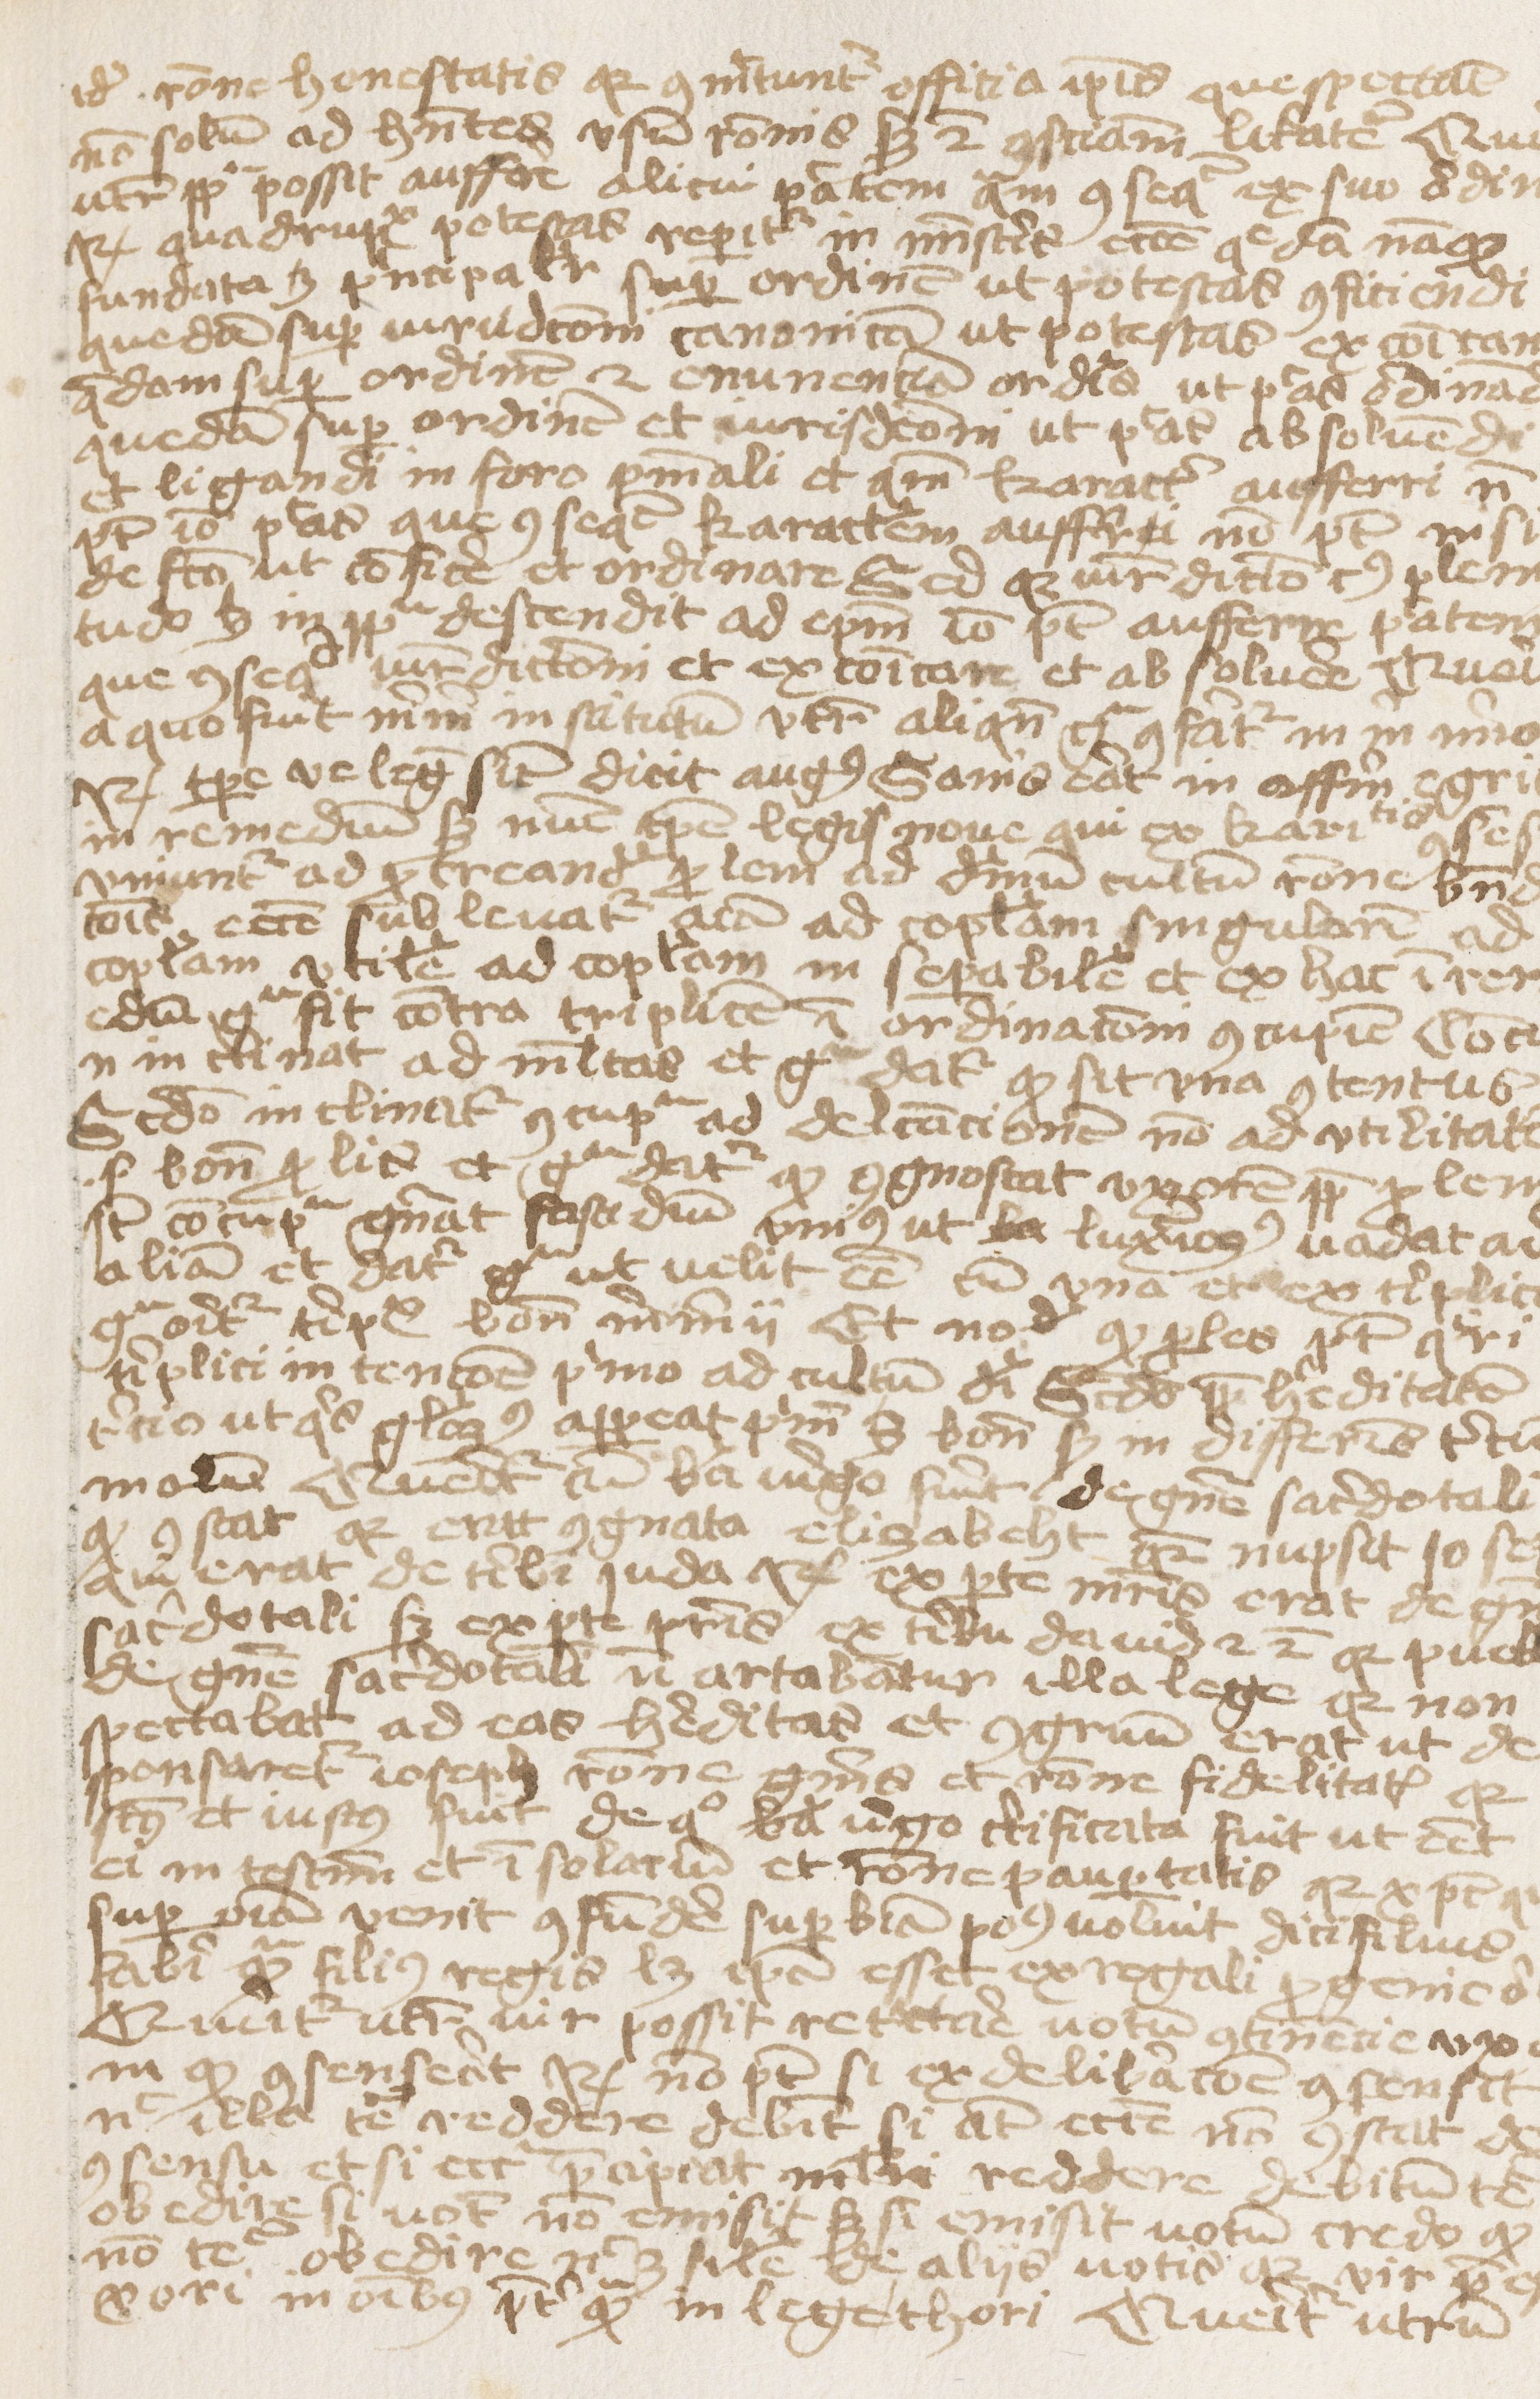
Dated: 1453–1454